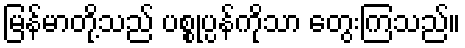
မြန်မာတို့သည် ပစ္စုပ္ပန်ကိုသာ တွေးကြသည်။